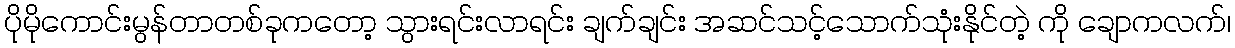
ပိုမိုကောင်းမွန်တာတစ်ခုကတော့ သွားရင်းလာရင်း ချက်ချင်း အဆင်သင့်သောက်သုံးနိုင်တဲ့ ကို ချောကလက်၊